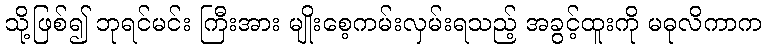
သို့ဖြစ်၍ ဘုရင်မင်း ကြီးအား မျိုးစေ့ကမ်းလှမ်းရသည့် အခွင့်ထူးကို မဓုလိကာက